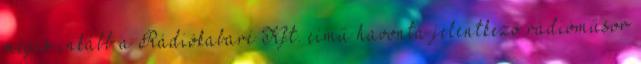
mégis inkább a Rádiókabaré Kft. című havonta jelentkező rádióműsor